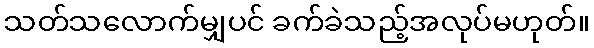
သတ်သလောက်မျှပင် ခက်ခဲသည့်အလုပ်မဟုတ်။